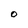
Character: O